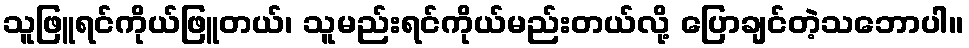
သူဖြူရင်ကိုယ်ဖြူတယ်၊ သူမည်းရင်ကိုယ်မည်းတယ်လို့ ပြောချင်တဲ့သဘောပါ။